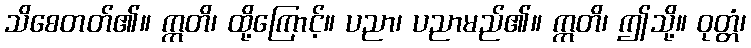
သိစေတတ်၏။ ဣတိ၊ ထို့ကြောင့်။ ပညာ၊ ပညာမည်၏။ ဣတိ၊ ဤသို့။ ဝုတ္တံ၊